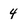
Character: 4